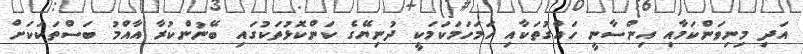
އަދި މިނިވަންކަމާއި އިންސާނީ ހައްގުތަކާއި ހަމަހަމަކަމަކީ ދުނިޔޭގެ ކަންކޮޅުތަކުގައި ބޭނުންކުރާ އާއްމު ބަސްތަކަކަށް